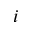
i